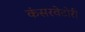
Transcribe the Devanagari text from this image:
कंसरवेटोरी